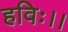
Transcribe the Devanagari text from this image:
हविः।।